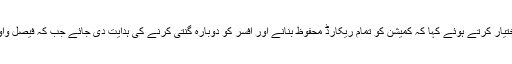
شہباز شریف نے درخواست میں موقف اختیار کرتے ہوئے کہا کہ کمیشن کو تمام ریکارڈ محفوظ بنانے اور افسر کو دوبارہ گنتی کرنے کی ہدایت دی جائے جب کہ فیصل واوڈا کی کامیابی کا نوٹیفکیشن روکا جائے۔